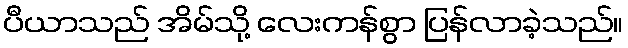
ပီယာသည် အိမ်သို့ လေးကန်စွာ ပြန်လာခဲ့သည်။